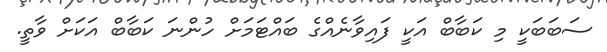
ސަބަބަކީ މި ކަބާބް އަކީ ފައިވާނެއްގެ ބައްޓަމަށް ހުންނަ ކަބާބް އަކަށް ވާތީ.